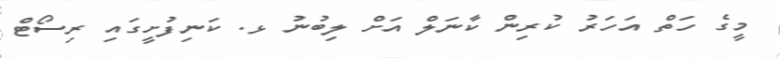
މީގެ ހަތް އަހަރު ކުރިން ކާނަލް އަށް ލިބުނު ޅ. ކަނިފުށީގައި ރިސޯޓް